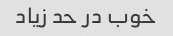
خوب در حد زیاد